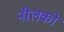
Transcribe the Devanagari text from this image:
नीलकों